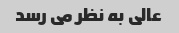
عالی به نظر می رسد